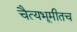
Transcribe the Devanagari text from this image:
चैत्यभूमीतच